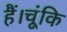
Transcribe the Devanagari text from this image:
हैं।चूंकि